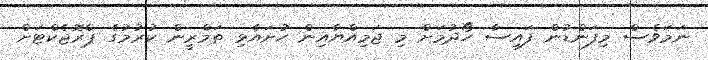
ނަމަވެސް މިފަންޑުން ފައިސާ ހޯދުމަށް މި ޖަމިއްޔާއިން ހުށައެޅި ތަމްރީން ކުރުމުގެ ޕްރޮޖެކްޓަށް